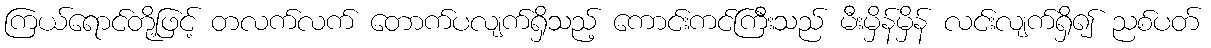
ကြယ်ရောင်တို့ဖြင့် တလက်လက် တောက်ပလျက်ရှိသည့် ကောင်းကင်ကြီးသည် မီးမှိန်မှိန် လင်းလျက်ရှိ၍ ညစ်ပတ်